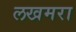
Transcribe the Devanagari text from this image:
लखमरा